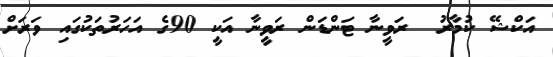
އަކްޝޭ ކުމާރު  ރަވީނާ ޓަންޑަން ރަވީނާ އަކީ 90ގެ އަހަރުތަކުގައި ވަރަށް